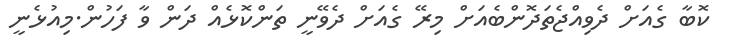
ކޮބާ ގެއަށް ދެވިއްޖެތަދޮންބެއަށް މިރޭ ގެއަށް ދެވޭނީ ތަންކޮޅެއް ދަން ވާ ފަހުން.މިއުޅެނީ